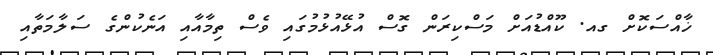
ޚާއްސަކޮށް ގއ. ކޫއްޑުއަށް މަސްކިރަން ގޮސް އުޅޭއުޅުމުގައި ވެސް ތިމާއާއި އަނެކުންގެ ސަލާމަތާއި